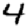
Digit: 4